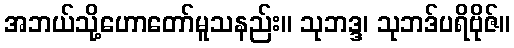
အဘယ်သို့ဟောတော်မူသနည်း။ သုဘဒ္ဒ၊ သုဘဒ်ပရိဗိုဇ်။